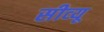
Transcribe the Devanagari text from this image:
सीव्‍यू